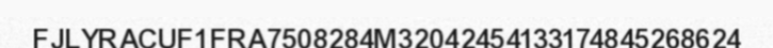
FJLYRACUF1FRA7508284M32042454133174845268624